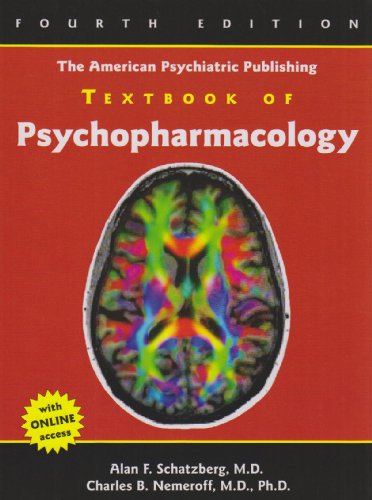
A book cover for The American Psychiatric Publishing Textbook of Psychopharmacology (Schatzberg, American Psychiatric Publishing Textbook of Psychopharmacology); Alan F. Schatzberg; Medical Books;